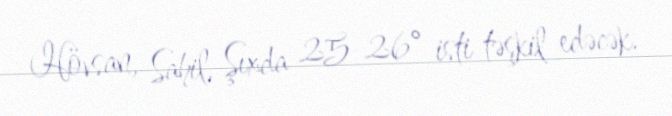
Hövsan, Sahil, Şıxda 25-26° isti təşkil edəcək.